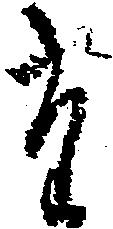
た